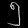
Digit: ၅